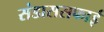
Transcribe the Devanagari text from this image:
संडाससफाई